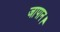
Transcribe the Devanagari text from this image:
जापान।